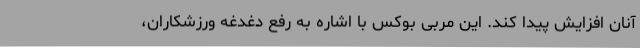
آنان افزایش پیدا کند. این مربی بوکس با اشاره به رفع دغدغه ورزشکاران،